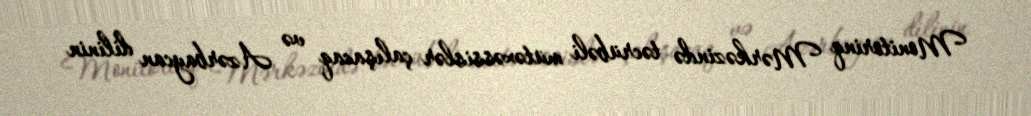
Monitorinq Mərkəzində təcrübəli mütəxəssislər çalışacaq və Azərbaycan dilinin